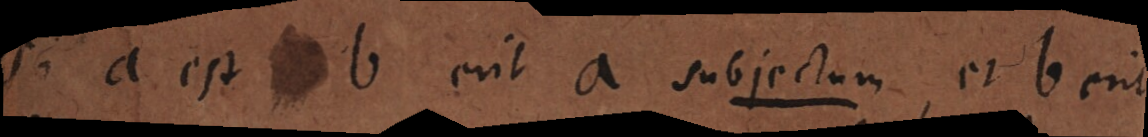
Si a est b erit a subjectum, et b erit